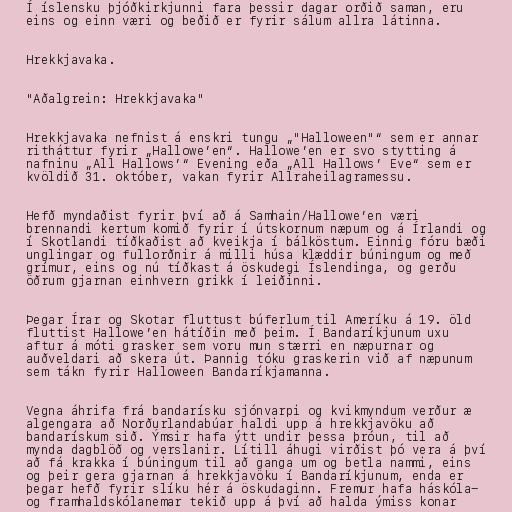
Í íslensku þjóðkirkjunni fara þessir dagar orðið saman, eru
eins og einn væri og beðið er fyrir sálum allra látinna.

Hrekkjavaka.

"Aðalgrein: Hrekkjavaka"

Hrekkjavaka nefnist á enskri tungu „"Halloween"“ sem er annar
ritháttur fyrir „Hallowe’en“. Hallowe’en er svo stytting á
nafninu „All Hallows’“ Evening eða „All Hallows’ Eve“ sem er
kvöldið 31. október, vakan fyrir Allraheilagramessu.

Hefð myndaðist fyrir því að á Samhain/Hallowe’en væri
brennandi kertum komið fyrir í útskornum næpum og á Írlandi og
í Skotlandi tíðkaðist að kveikja í bálköstum. Einnig fóru bæði
unglingar og fullorðnir á milli húsa klæddir búningum og með
grímur, eins og nú tíðkast á öskudegi Íslendinga, og gerðu
öðrum gjarnan einhvern grikk í leiðinni.

Þegar Írar og Skotar fluttust búferlum til Ameríku á 19. öld
fluttist Hallowe’en hátíðin með þeim. Í Bandaríkjunum uxu
aftur á móti grasker sem voru mun stærri en næpurnar og
auðveldari að skera út. Þannig tóku graskerin við af næpunum
sem tákn fyrir Halloween Bandaríkjamanna.

Vegna áhrifa frá bandarísku sjónvarpi og kvikmyndum verður æ
algengara að Norðurlandabúar haldi upp á hrekkjavöku að
bandarískum sið. Ýmsir hafa ýtt undir þessa þróun, til að
mynda dagblöð og verslanir. Lítill áhugi virðist þó vera á því
að fá krakka í búningum til að ganga um og betla nammi, eins
og þeir gera gjarnan á hrekkjavöku í Bandaríkjunum, enda er
þegar hefð fyrir slíku hér á öskudaginn. Fremur hafa háskóla-
og framhaldskólanemar tekið upp á því að halda ýmiss konar